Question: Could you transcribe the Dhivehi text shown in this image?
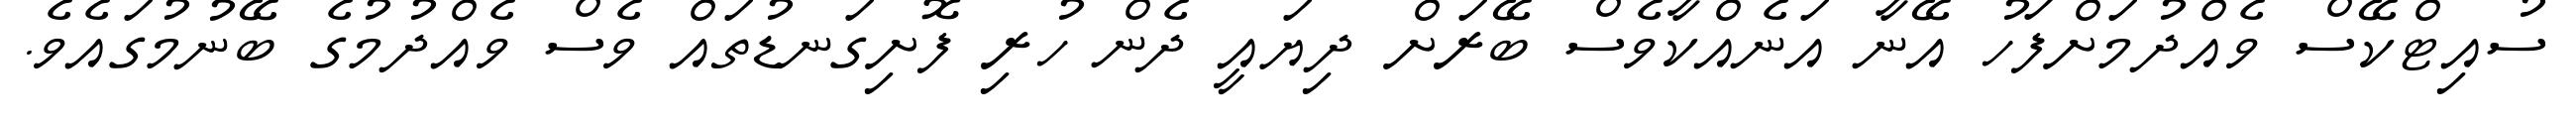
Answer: ސުއިޓްކޭސް ވެއްދުމަށްފަހު އޭނާ އަނެއްކާވެސް ބޭރަށް ދިޔައީ ދެން ހުރި ފޮށިގަނޑުތައް ވެސް ވެއްދުމުގެ ބޭނުމުގައެވެ.